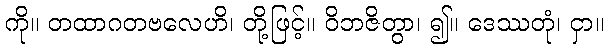
ကို။ တထာဂတဗလေဟိ၊ တို့ဖြင့်။ ဝိဘဇိတွာ၊ ၍။ ဒေဿတုံ၊ ငှာ။